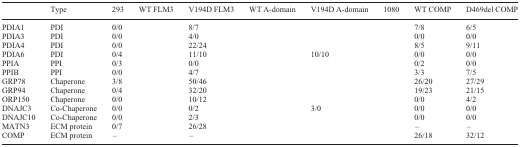
<table><thead><tr><td>[EMPTY_CELL]</td><td><b>Type</b></td><td><b>293</b></td><td><b>WT FLM3</b></td><td><b>V194D FLM3</b></td><td><b>WT A-domain</b></td><td><b>V194D A-domain</b></td><td><b>1080</b></td><td><b>WT COMP</b></td><td><b>D469del COMP</b></td></tr></thead><tbody><tr><td>PDIA1</td><td>PDI</td><td>0/0</td><td>[EMPTY_CELL]</td><td>8/7</td><td>[EMPTY_CELL]</td><td>[EMPTY_CELL]</td><td>[EMPTY_CELL]</td><td>7/8</td><td>6/5</td></tr><tr><td>PDIA3</td><td>PDI</td><td>0/0</td><td>[EMPTY_CELL]</td><td>4/0</td><td>[EMPTY_CELL]</td><td>[EMPTY_CELL]</td><td>[EMPTY_CELL]</td><td>0/0</td><td>0/0</td></tr><tr><td>PDIA4</td><td>PDI</td><td>0/0</td><td>[EMPTY_CELL]</td><td>22/24</td><td>[EMPTY_CELL]</td><td>[EMPTY_CELL]</td><td>[EMPTY_CELL]</td><td>8/5</td><td>9/11</td></tr><tr><td>PDIA6</td><td>PDI</td><td>0/4</td><td>[EMPTY_CELL]</td><td>11/10</td><td>[EMPTY_CELL]</td><td>10/10</td><td>[EMPTY_CELL]</td><td>0/0</td><td>0/0</td></tr><tr><td>PPIA</td><td>PPI</td><td>0/3</td><td>[EMPTY_CELL]</td><td>0/0</td><td>[EMPTY_CELL]</td><td>[EMPTY_CELL]</td><td>[EMPTY_CELL]</td><td>0/2</td><td>0/0</td></tr><tr><td>PPIB</td><td>PPI</td><td>0/0</td><td>[EMPTY_CELL]</td><td>4/7</td><td>[EMPTY_CELL]</td><td>[EMPTY_CELL]</td><td>[EMPTY_CELL]</td><td>3/3</td><td>7/5</td></tr><tr><td>GRP78</td><td>Chaperone</td><td>3/8</td><td>[EMPTY_CELL]</td><td>50/46</td><td>[EMPTY_CELL]</td><td>[EMPTY_CELL]</td><td>[EMPTY_CELL]</td><td>26/20</td><td>27/29</td></tr><tr><td>GRP94</td><td>Chaperone</td><td>0/4</td><td>[EMPTY_CELL]</td><td>32/20</td><td>[EMPTY_CELL]</td><td>[EMPTY_CELL]</td><td>[EMPTY_CELL]</td><td>19/23</td><td>21/15</td></tr><tr><td>ORP150</td><td>Chaperone</td><td>0/0</td><td>[EMPTY_CELL]</td><td>10/12</td><td>[EMPTY_CELL]</td><td>[EMPTY_CELL]</td><td>[EMPTY_CELL]</td><td>0/0</td><td>4/2</td></tr><tr><td>DNAJC3</td><td>Co-Chaperone</td><td>0/0</td><td>[EMPTY_CELL]</td><td>0/2</td><td>[EMPTY_CELL]</td><td>3/0</td><td>[EMPTY_CELL]</td><td>0/0</td><td>0/0</td></tr><tr><td>DNAJC10</td><td>Co-Chaperone</td><td>0/0</td><td>[EMPTY_CELL]</td><td>2/3</td><td>[EMPTY_CELL]</td><td>[EMPTY_CELL]</td><td>[EMPTY_CELL]</td><td>0/0</td><td>0/0</td></tr><tr><td>MATN3</td><td>ECM protein</td><td>0/7</td><td>[EMPTY_CELL]</td><td>26/28</td><td>[EMPTY_CELL]</td><td>[EMPTY_CELL]</td><td>[EMPTY_CELL]</td><td>–</td><td>–</td></tr><tr><td>COMP</td><td>ECM protein</td><td>–</td><td>[EMPTY_CELL]</td><td>–</td><td>[EMPTY_CELL]</td><td>[EMPTY_CELL]</td><td>[EMPTY_CELL]</td><td>26/18</td><td>32/12</td></tr></tbody></table>